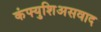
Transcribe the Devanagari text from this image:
कंफ्युशिअसवाद